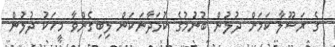
ގެ ރަސޫލާ ކަމަށް ދުލުން ބުނުމުގެ ކުޅަދާނަކަން ލިބިގެންވާ މީހަކު ދުލުން